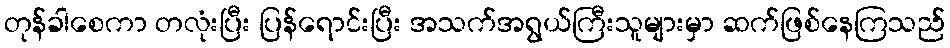
တုန်ခါစေကာ တလုံးပြီး ပြန်ရောင်းပြီး အသက်အရွယ်ကြီးသူများမှာ ဆက်ဖြစ်နေကြသည်